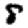
Digit: 8